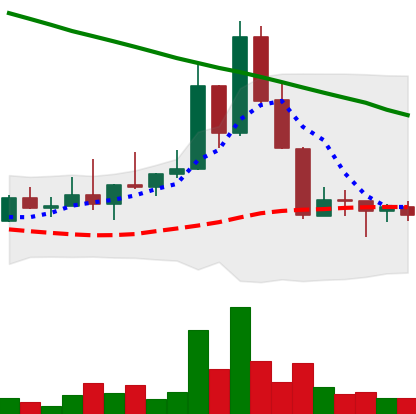
Ticker: DOGE-USD
Chart end date: 2022-08-24
Forward return: -6.035%
Label: down_5_7